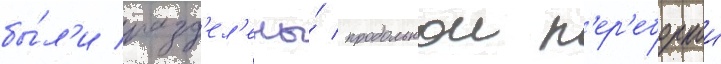
бы́л'и разд'ел'ены́ продольнои п'ер'еборкои